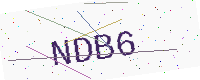
Text: NDB6